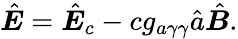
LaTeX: \hat{\boldsymbol E}=\hat{\boldsymbol E}_{c}-cg_{a\gamma\gamma}\hat{a}\hat{\boldsymbol B}.